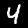
Label: 4